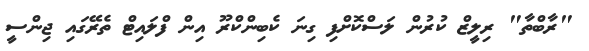
"ރާބްތާ" ރިލީޒް ކުރުން ލަސްކޮށްފި ގިނަ ކެބިންކްރޫ އިން ފްލައިޓް ތެރޭގައި ޖިންސީ